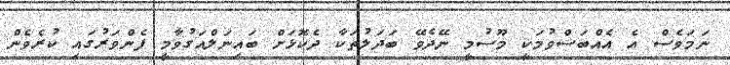
ނަމަވެސް އެ އެއްބަސްވުމަކީ މޫސުމީ ނޭދެވޭ ބަދަލުތަކާ ދެކޮޅަށް ބައިނަލްއަގުވާމީ ފެންވަރުގައި ކުރެވެން